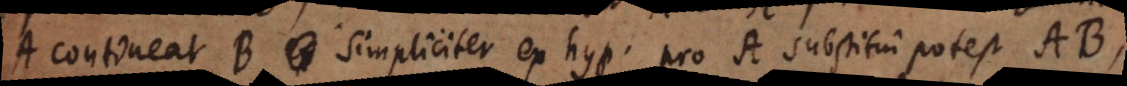
A contineat B simpliciter ex hyp., pro A substitui potest AB,